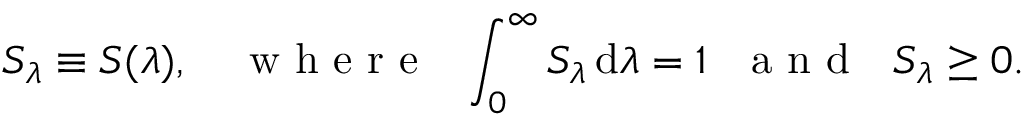
S _ { \lambda } \equiv S ( \lambda ) , \quad \textrm { w h e r e ~ } \int _ { 0 } ^ { \infty } S _ { \lambda } \, \mathrm { d } \lambda = 1 \textrm { ~ a n d ~ } S _ { \lambda } \ge 0 .